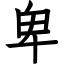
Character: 卑